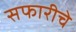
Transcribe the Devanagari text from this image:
सफारीचे